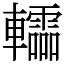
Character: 䡼